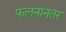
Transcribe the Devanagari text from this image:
फलनानंतर